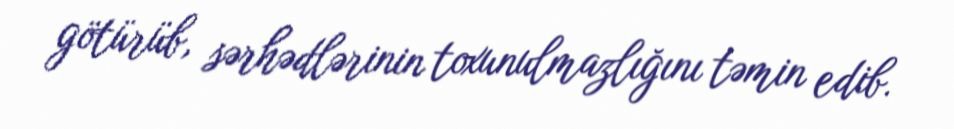
götürüb, sərhədlərinin toxunulmazlığını təmin edib.